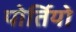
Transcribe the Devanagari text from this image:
पोर्तियो